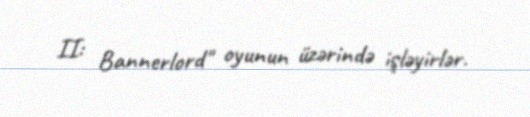
II: Bannerlord" oyunun üzərində işləyirlər.